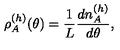
\rho _ { A } ^ { ( h ) } ( \theta ) = \frac { 1 } { L } \frac { d n _ { A } ^ { ( h ) } } { d \theta } ,